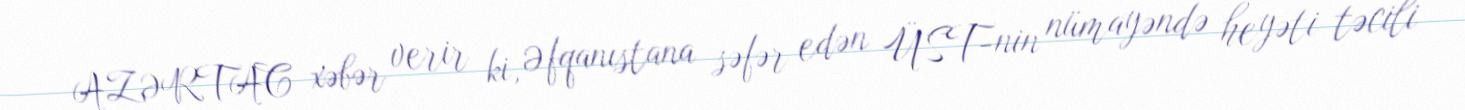
AZƏRTAC xəbər verir ki, Əfqanıstana səfər edən ÜST-nin nümayəndə heyəti təcili